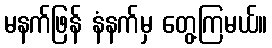
မနက်ဖြန် နံနက်မှ တွေ့ကြမယ်။